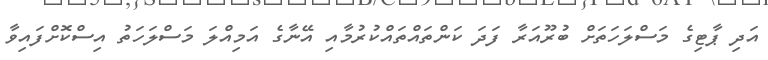
އަދި ޕާޓިގެ މަސްލަހަތަށް ބުރޫއަރާ ފަދަ ކަންތައްތައްކުރުމާއި އޭނާގެ އަމިއްލަ މަސްލަހަތު އިސްކޮށްފައިވާ